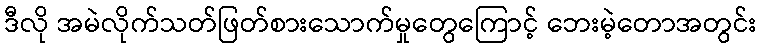
ဒီလို အမဲလိုက်သတ်ဖြတ်စားသောက်မှုတွေကြောင့် ဘေးမဲ့တောအတွင်း